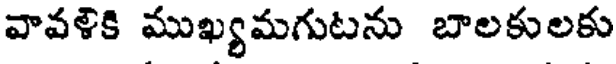
వావళికి ముఖ్యమగుటను బాలకులకు